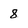
Character: 8